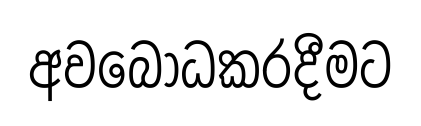
අවබෝධකරදීමට